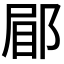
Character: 𮟿